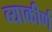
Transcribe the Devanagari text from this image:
व्याकीर्ण